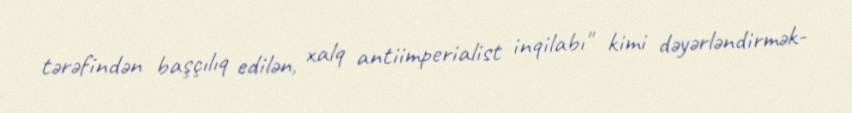
tərəfindən başçılıq edilən, xalq antiimperialist inqilabı" kimi dəyərləndirmək-